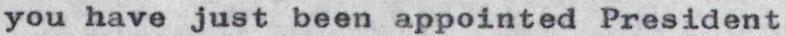
you have just been appointed President